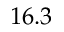
1 6 . 3